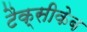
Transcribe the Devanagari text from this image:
टैक्सीकेब